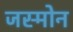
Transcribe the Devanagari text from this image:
जस्मोन